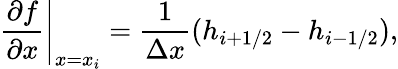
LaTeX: \left.\frac{\partial f}{\partial x}\right|_{x=x_{i}}=\frac{1}{\Delta x}(h_{i+1/2}-h_{i-1/2}),